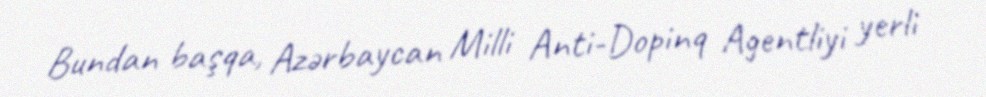
Bundan başqa, Azərbaycan Milli Anti-Dopinq Agentliyi yerli